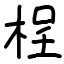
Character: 桯